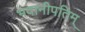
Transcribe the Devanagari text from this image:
भवानीपतिम्